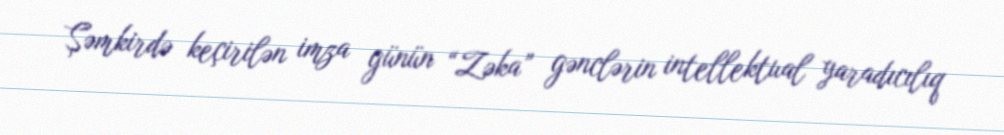
Şəmkirdə keçirilən imza günün “Zəka” gənclərin intellektual yaradıcılıq